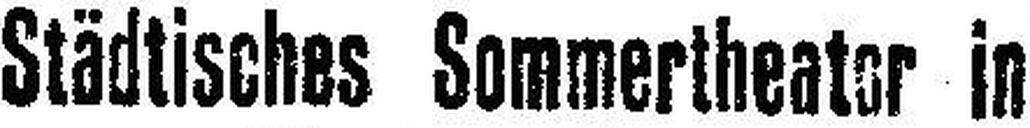
Städtisches Sommertheator in